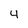
Character: 4